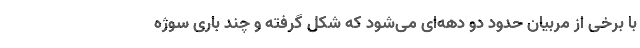
با برخی از مربیان حدود دو دهه‌ای می‌شود که شکل گرفته و چند باری سوژه